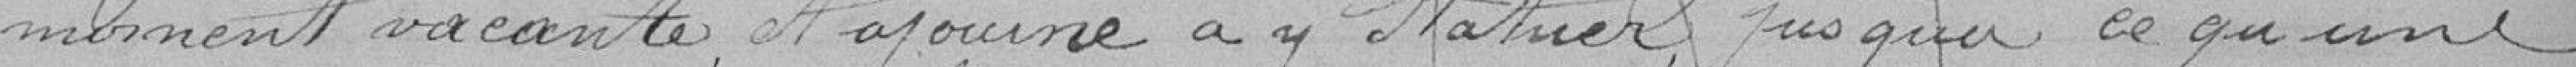
moment vacante, et ajourne à y statuer, jusqu'à ce qu'une